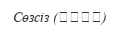
Сөзсіз (مطلق)